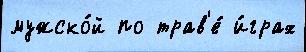
мужско́й по трав'е́ и́грах